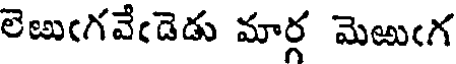
లెఱుఁగవేఁడెడు మార్గ మెఱుఁగ